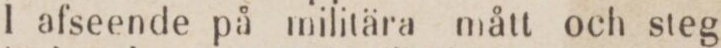
I afseende på militära mått och steg